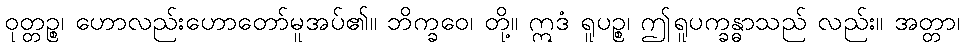
ဝုတ္တဉ္စ၊ ဟောလည်းဟောတော်မူအပ်၏။ ဘိက္ခဝေ၊ တို့။ ဣဒံ ရူပဉ္စ၊ ဤရူပက္ခန္ဓာသည် လည်း။ အတ္တာ၊